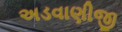
અડવાણીજી